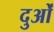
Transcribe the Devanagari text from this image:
दुओं